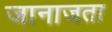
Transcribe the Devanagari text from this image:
जानाजता